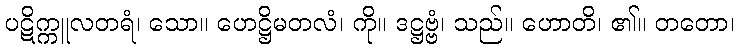
ပဋိက္ကူလတရံ၊ သော။ ဟေဋ္ဌိမတလံ၊ ကို။ ဒဋ္ဌဗ္ဗံ၊ သည်။ ဟောတိ၊ ၏။ တတော၊